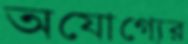
অযোগ্যের